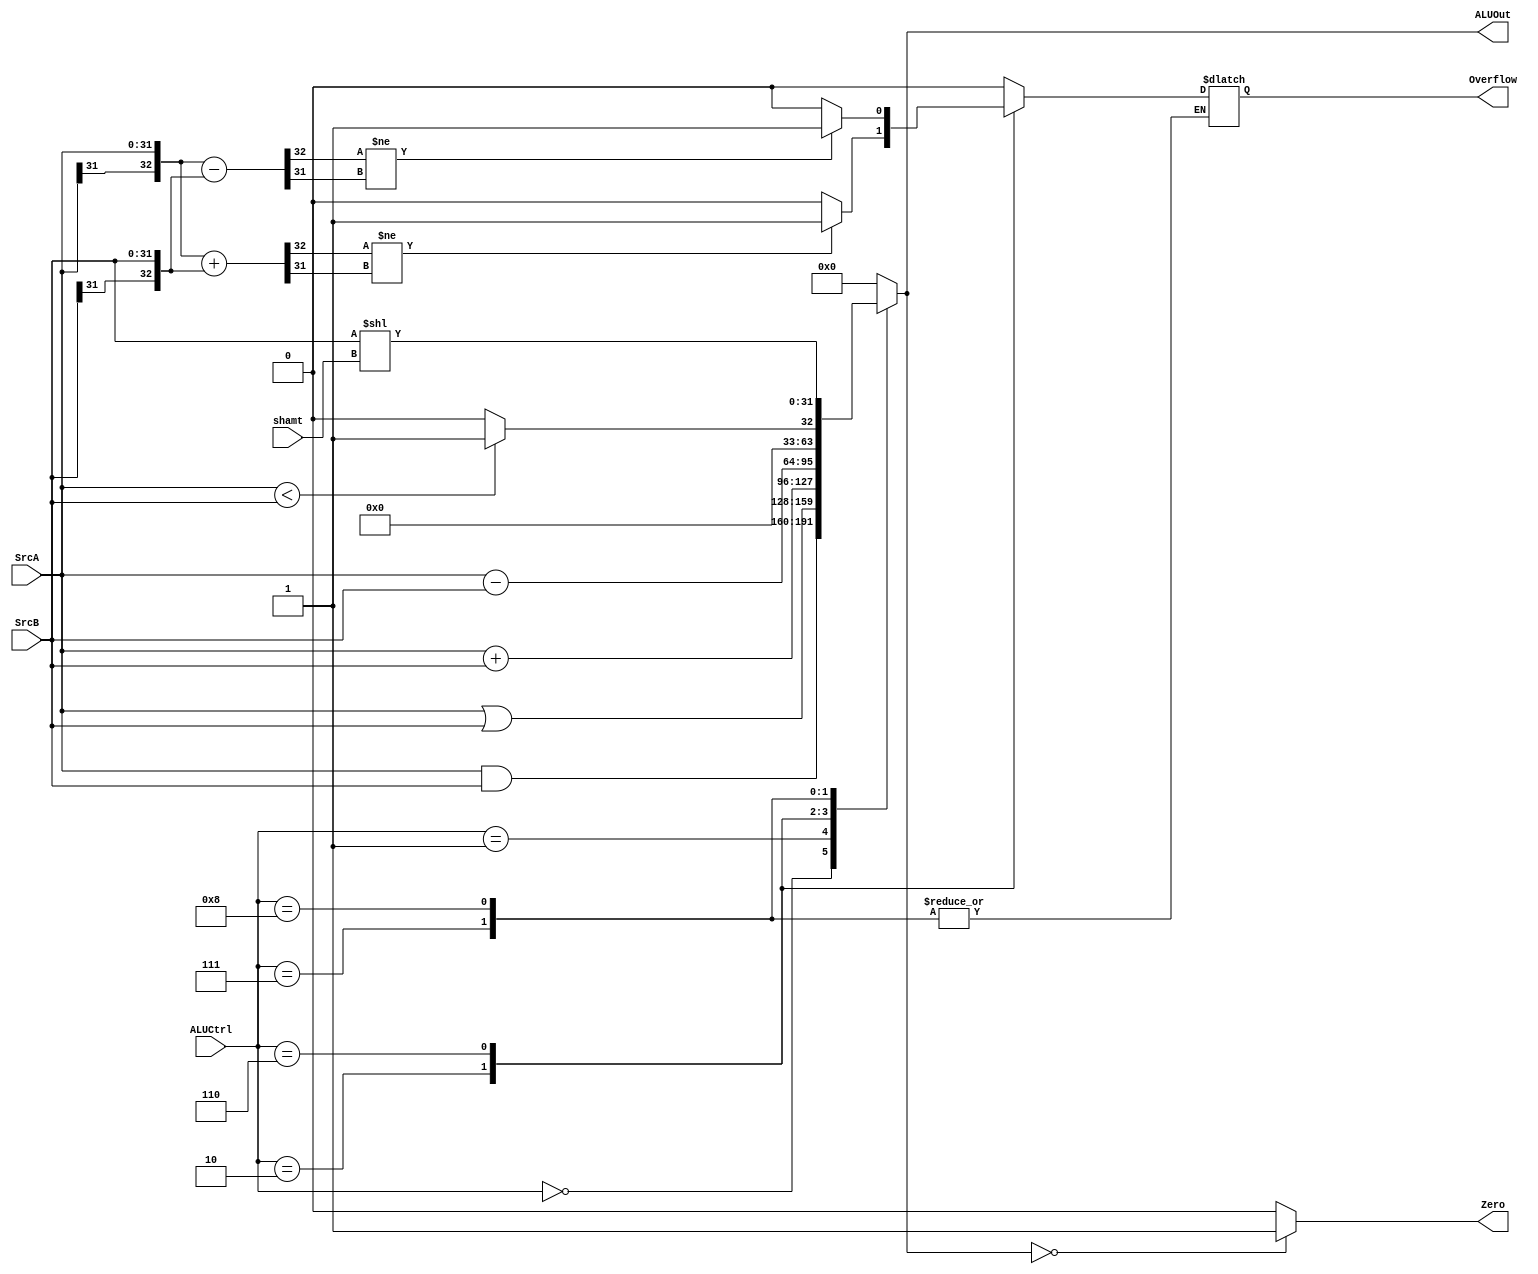
`define AND 4'b0000
`define OR 4'b0001
`define ADD 4'b0010
`define SUB 4'b0110
`define SLT 4'b0111
`define SLL 4'b1000

module E_ALU(
    input [3:0] ALUCtrl,
    input [31:0] SrcA,
    input [31:0] SrcB,
    input [4:0] shamt,
    output [31:0] ALUOut,
    output Zero,
    output Overflow
);

    reg [32:0] temp;
    reg [31:0] result;
    reg flag;

    assign Zero = (ALUOut == 32'b0)?1'b1 : 1'b0;
    assign ALUOut = result;
    assign Overflow = flag;

  always @(*) begin
    case (ALUCtrl)
        
        `AND: begin
          result = SrcA & SrcB;
          flag = 1'b0;
        end

        `OR: begin
          result = SrcA | SrcB;
          flag = 1'b0;
        end

        `ADD: begin
        temp = {SrcA[31], SrcA} + {SrcB[31], SrcB};
        result = SrcA + SrcB;
        if (temp[32] != temp[31])
          flag = 1'b1;
        else  
          flag = 1'b0;
        end
       
        `SUB:  begin
        temp = {SrcA[31], SrcA} - {SrcB[31], SrcB};
        result = SrcA - SrcB;
        if (temp[32] != temp[31])
          flag = 1'b1;
        else
          flag = 1'b0;
        end
        
        `SLT : begin
          result = (SrcA < SrcB) ? 1 : 0; 
        end

        `SLL : begin
          result = SrcB << shamt;
        end

        default:   begin
            result = 0;
            flag = 0;
        end
    endcase
  end

endmodule